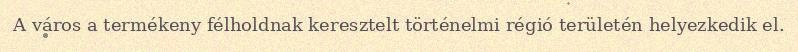
A város a termékeny félholdnak keresztelt történelmi régió területén helyezkedik el.